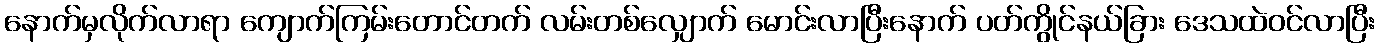
နောက်မှလိုက်လာရာ ကျောက်ကြမ်းတောင်တက် လမ်းတစ်လျှောက် မောင်းလာပြီးနောက် ပတ်ကွိုင်နယ်ခြား ဒေသထဲဝင်လာပြီး